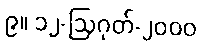
၉။ ၁၂-ဩဂုတ်-၂၀၀၀